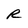
Character: R